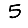
Digit: 5